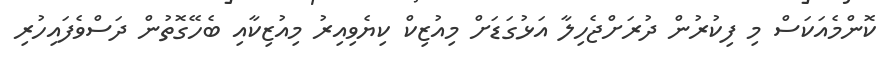
ކޮންމެއަކަސް މި ފިކުރުން ދުރަށްޖެހިލާ އަޅުގަޑަށް މިއުޒިކް ކިޔެވިއިރު މިއުޒިކާއި ބެހޭގޮތުން ދަސްވެފައިހުރި